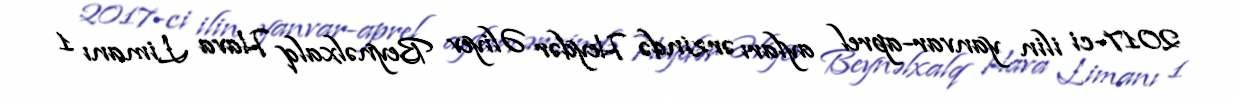
2017-ci ilin yanvar-aprel ayları ərzində Heydər Əliyev Beynəlxalq Hava Limanı 1